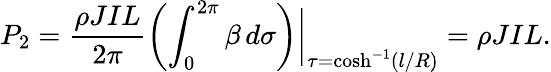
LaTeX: P_{2}=\frac{\rho JIL}{2\pi}\left(\int_{0}^{2\pi}\beta\, d\sigma\right)\bigg|_{\tau=\cosh^{-1}(l/R)}=\rho JIL.